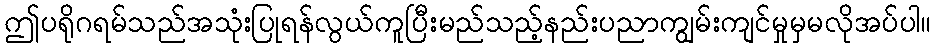
ဤပရိုဂရမ်သည်အသုံးပြုရန်လွယ်ကူပြီးမည်သည့်နည်းပညာကျွမ်းကျင်မှုမှမလိုအပ်ပါ။